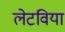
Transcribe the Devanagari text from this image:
लेटविया